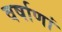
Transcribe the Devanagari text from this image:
वर्षाणां